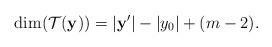
LaTeX: \begin{align*} \dim(\mathcal{T}(\mathbf{y}))= |\mathbf{y}'| - |y_{0}| + (m-2).\end{align*}